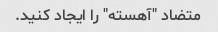
متضاد "آهسته" را ایجاد کنید.